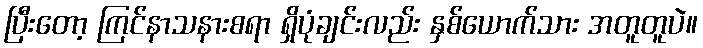
ပြီးတော့ ကြင်နာသနားစရာ ရှိပုံချင်းလည်း နှစ်ယောက်သား အတူတူပဲ။